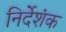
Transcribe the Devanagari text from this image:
निर्देशंक